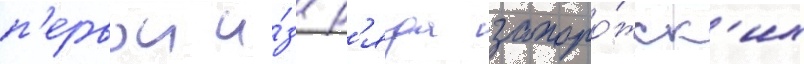
п'ервои и́з р'яда запоро́жск'их